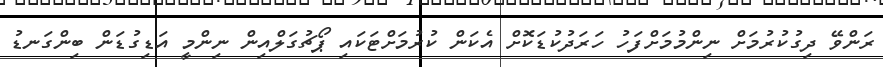
ރަންވޭ ދިގުކުރުމަށް ނިންމުމަށްފަހު ހަރަދުކުޑަކޮށް އެކަން ކުރުމަށްޓަކައި ޕޯޗުގަލްއިން ނިންމީ އަޑިގުޑަން ބިންގަނޑު